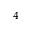
_ 4